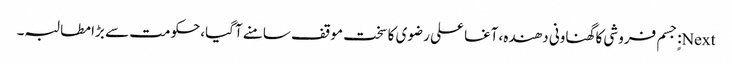
Next: ٍجسم فروشی کا گھناونی دھندہ،آغا علی رضوی کا سخت موقف سامنے آگیا،حکومت سے بڑا مطالبہ۔